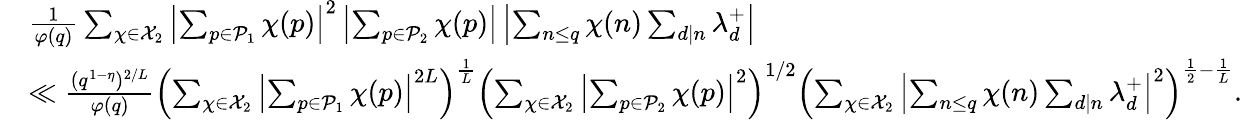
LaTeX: \begin{array}{rl}&{\frac{1}{\varphi(q)}\sum_{\substack{\chi\in\mathcal{X}_{2}}}\left|\sum_{p\in\mathcal{P}_{1}}\chi(p)\right|^{2}\left|\sum_{p\in\mathcal{P}_{2}}\chi(p)\right|\left|\sum_{n\leq q}\chi(n)\sum_{d\mid n}\lambda_{d}^{+}\right|}\\ &{\ll\frac{(q^{1-\eta})^{2/L}}{\varphi(q)}\left(\sum_{\substack{\chi\in\mathcal{X}_{2}}}\left|\sum_{p\in\mathcal{P}_{1}}\chi(p)\right|^{2L}\right)^{\frac{1}{L}}\left(\sum_{\substack{\chi\in\mathcal{X}_{2}}}\left|\sum_{p\in\mathcal{P}_{2}}\chi(p)\right|^{2}\right)^{1/2}\left(\sum_{\substack{\chi\in\mathcal{X}_{2}}}\left|\sum_{n\leq q}\chi(n)\sum_{d\mid n}\lambda_{d}^{+}\right|^{2}\right)^{\frac{1}{2}-\frac{1}{L}}.}\end{array}